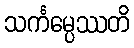
သင်္ကမ္ပေဿတိ